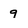
Character: g